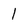
Character: l